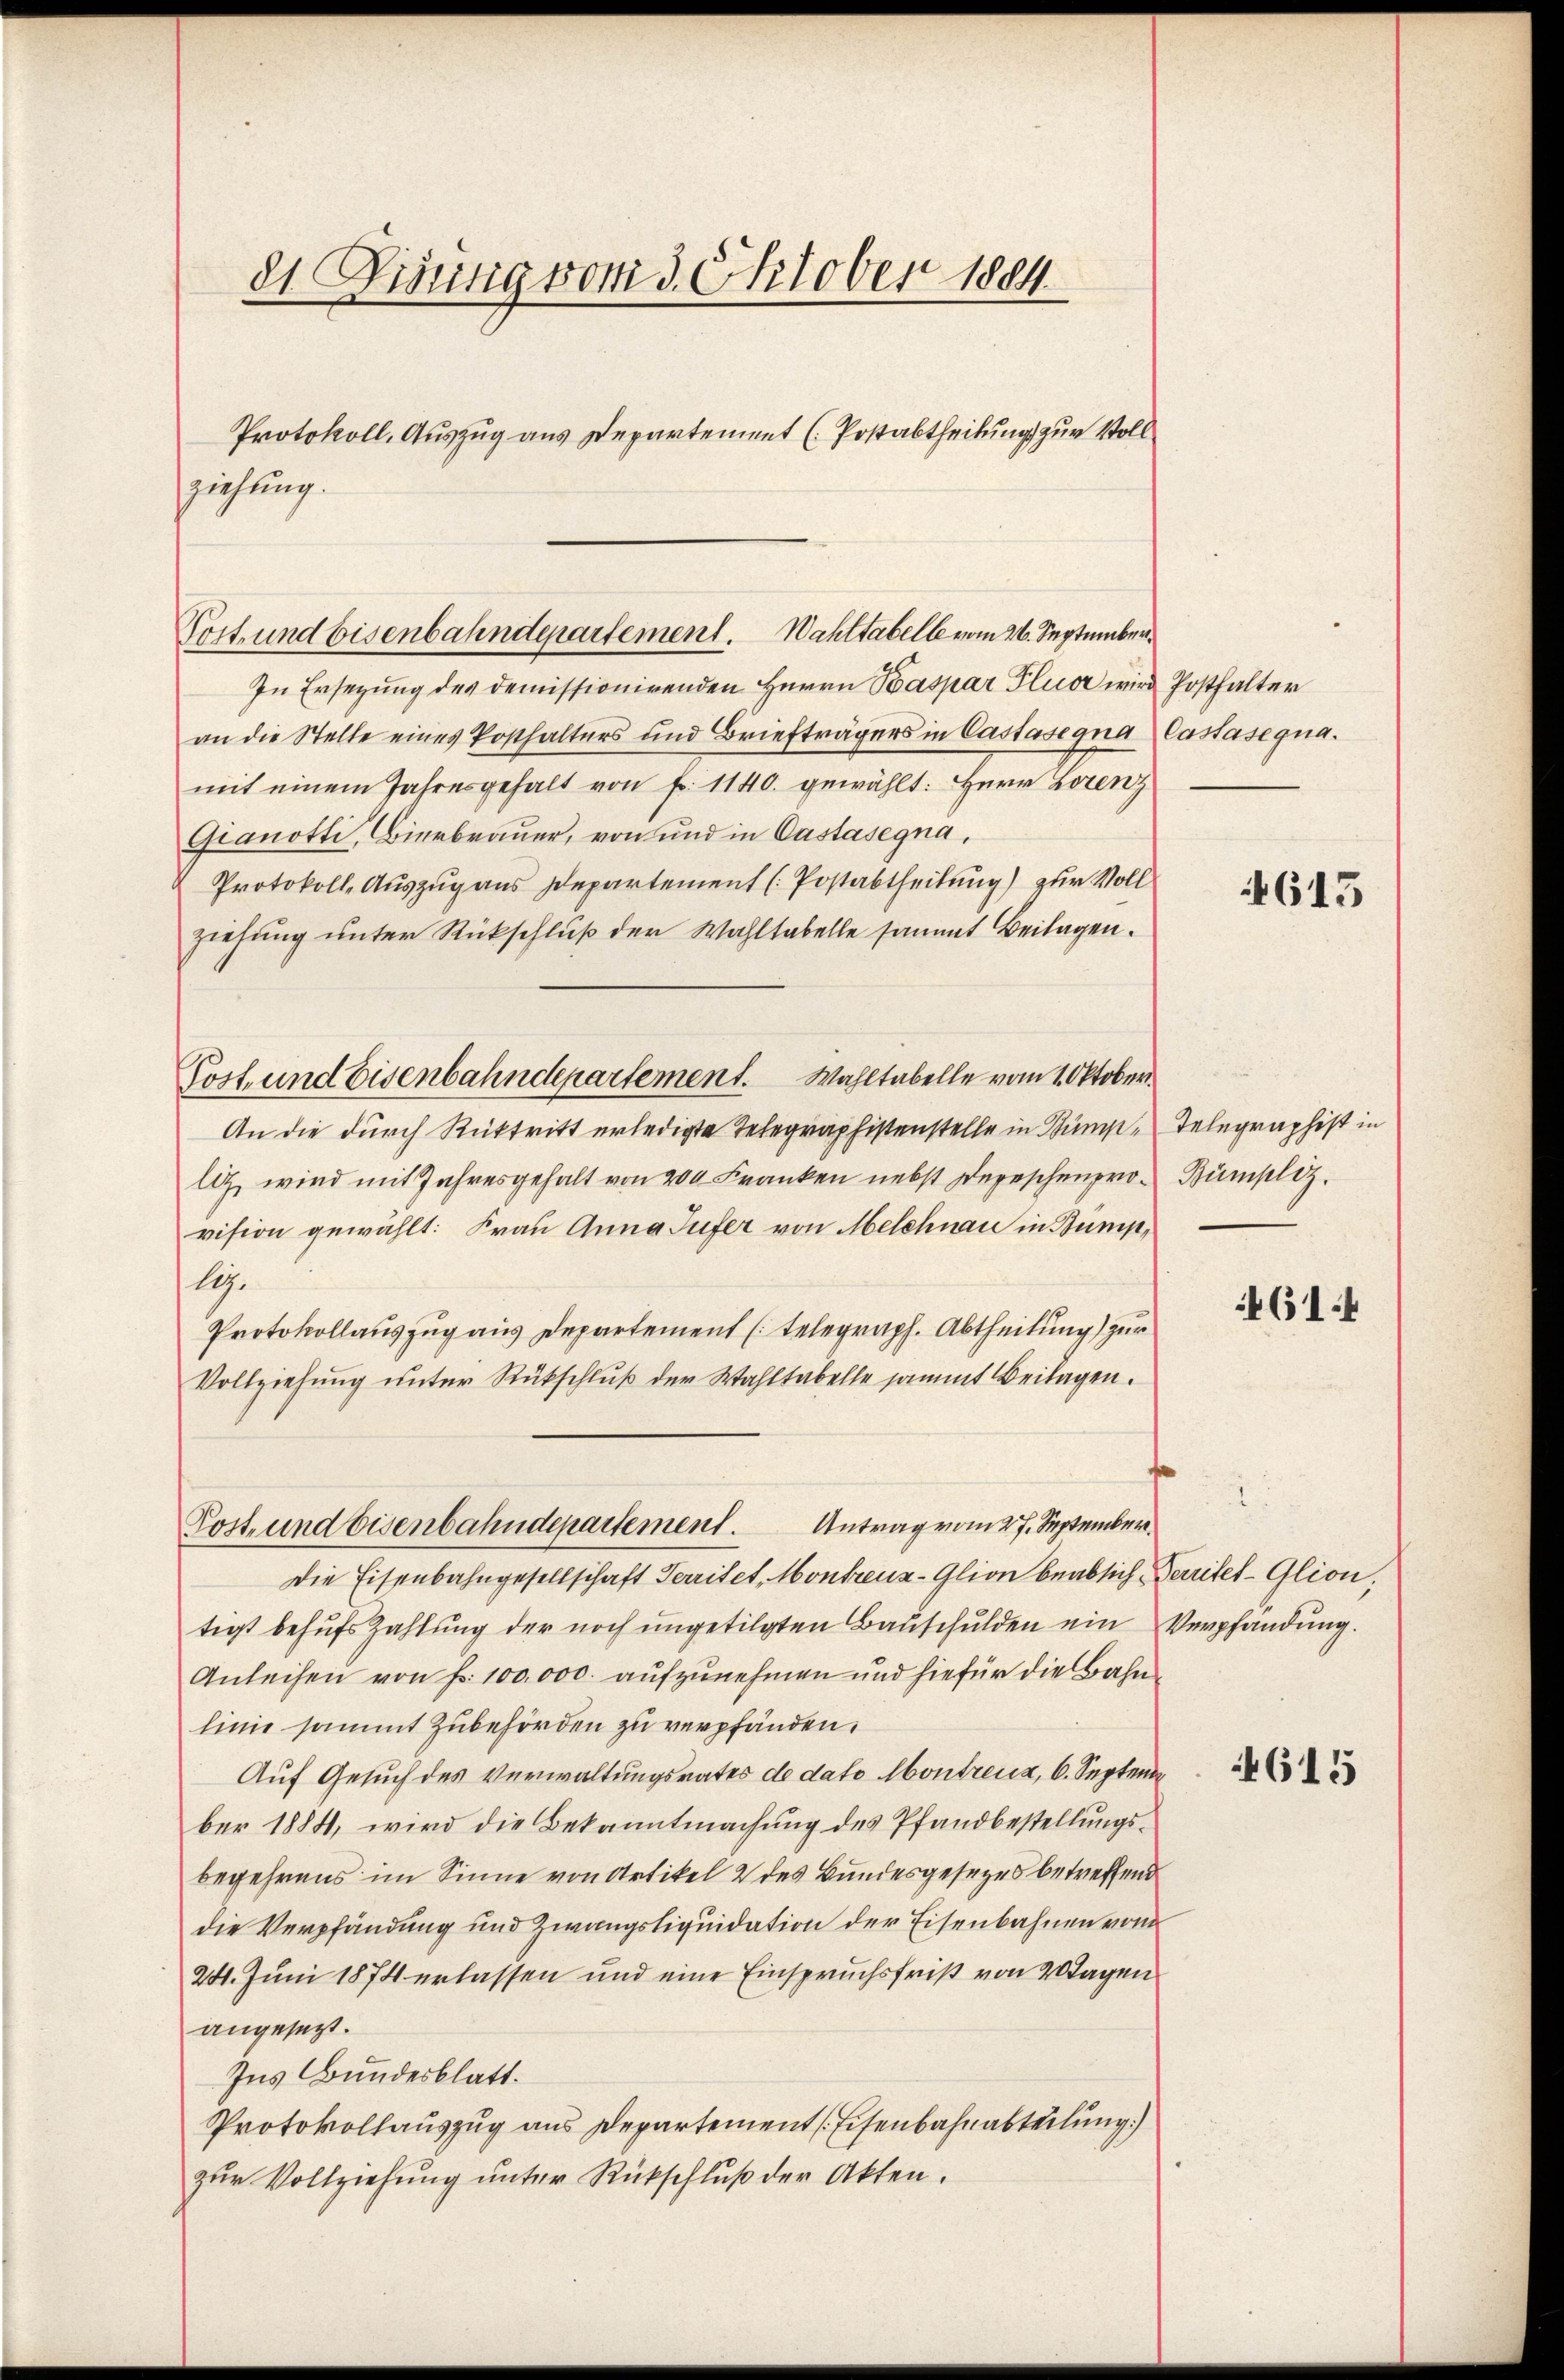
81. Disung vom 3. Oktober 1884.

ziehung.

Protokoll. Auszug aus Departement (Postabtheilung zur Voll
In Ersezung des demissionirenden Herrn Baspar Flur wird Posthalter
an die Stelle eines Posthalters und Briefträgers in Castasegna Castasegnamit einem Jahresgehalt von fr. 1140. gewählt: Herr Lorenz
Gianotti, Bierbrauer, von und in Castasegna,
Protokolle Auszug aus Departement (Postabtheilung) zur Voll
ziehung unter Rückschluß der Wahltabelle sammt Beilagen.
Post und Eisenbahndepartement. Wahltabelle vom 1. Oktober
An die durch Rücktritt erledigte Telegraphistenstelle in Sumliz wird mit Jahresgehalt von 200 Franken nebst Depeschenpro-Bümpliz.
vision gewählt: Frau Anna Tufer von Melchnau in Bump,
li.
Protokollauszug aus Departement telegraph. Abtheilung) zur
Vollziehung unter Rückschluß der Wahltabelle sammt Beilagen.
Post und Eisenbahndepartement. Antrag vom 27. September
Die Eisenbahngesellschaft Territet, Montreuz-Glion beabsich errites Glion,
tigt behŭfs Zahlŭng der noch ungetilgten Bauschulden ein Verpfändung.
Anleihen von Fr. 100,000. aufzunehmen und hiefür die Bahnlinie sammt Zubehörden zu verpfänden.
Auf Gesuch des Verwaltungsrates de dato Montreuz, 6. Septem
ber 1884, wird die Bekanntmachung des Pfandbestellungsbegehrens im Sinne von Artikel 2 des Bundesgesezes betreffend
die Verpfändung und Zwangsliquidation der Eisenbahnen von
24. Juni 1874 erlassen und eine Einspruchsfrist von 2 Tagen
angesezt.
Ins Bundesblatt.
Protokollauszug aus Departement Eisenbahnabteilung)
zur Vollziehung unter Rückschluß der Akten.

Post und bisenbahndepartement. Wahltabelle vom 26. September¬

613

Telegraphist in

4614

4615